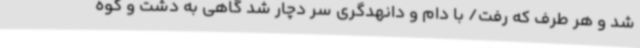
شد و هر طرف که رفت/ با دام و دانهدگری سر دچار شد گاهی به دشت و کوه